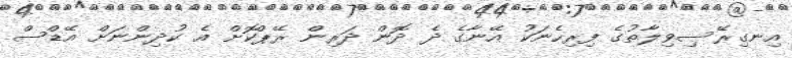
އިނގިރޭސިވިލާތުގެ ފިރިހެނަކު އޭނާގެ ދެ ދޮން ދަރިން ރޭޕްކޮށް އެ ކުދިންނަށް އޭޑްސް